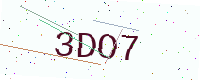
Text: 3DO7